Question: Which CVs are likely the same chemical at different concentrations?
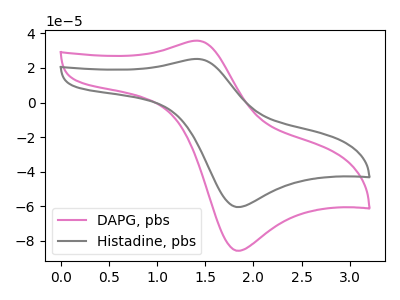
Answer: <think>The pink curve "DAPG, pbs" has an anodic peak at (1.40V, 35.80uA) and a cathodic peak at (1.80V, -85.60uA). The gray curve "Histadine, pbs" has an anodic peak at (1.40V, 25.25uA) and a cathodic peak at (1.80V, -60.35uA).
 All the peaks in "DAPG, pbs" have a peak in "Histadine, pbs" at the same potential. Every peak in "DAPG, pbs" is higher than every peak in "Histadine, pbs".</think>
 <answer>"DAPG, pbs" and "Histadine, pbs" have the same shape and are likely CV's of the same chemical.</answer>
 <eval>"DAPG, pbs" "Histadine, pbs"</eval>